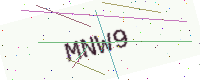
Text: MNW9